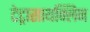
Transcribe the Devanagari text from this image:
टेट्रासायक्लिन